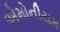
એમોનીયમ